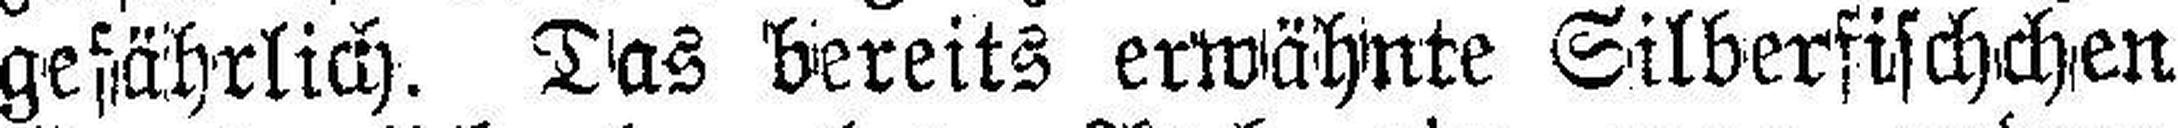
gefährlich. Das bereits erwähnte Silberfischchen